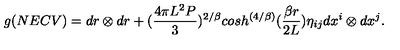
g ( N E C V ) = d r \otimes d r + ( { \frac { 4 \pi L ^ { 2 } P } { 3 } } ) ^ { 2 / \beta } c o s h ^ { \left( { 4 / \beta } \right) } ( { \frac { \beta r } { 2 L } } ) \eta _ { i j } d x ^ { i } \otimes d x ^ { j } .